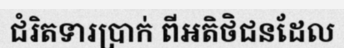
ជំរិតទារប្រាក់ ពីអតិថិជនដែល